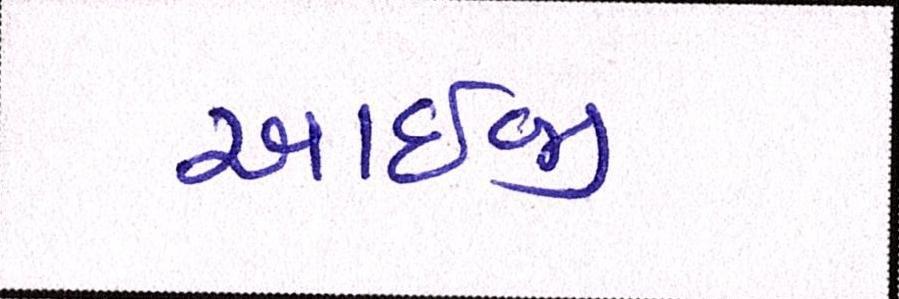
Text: આઇજી